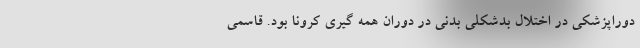
دوراپزشکی در اختلال بدشکلی بدنی در دوران همه گیری کرونا بود. قاسمی